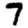
Digit: 7